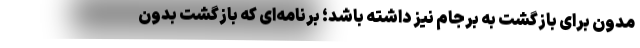
مدون برای بازگشت به برجام نیز داشته باشد؛ برنامه‌ای که بازگشت بدون